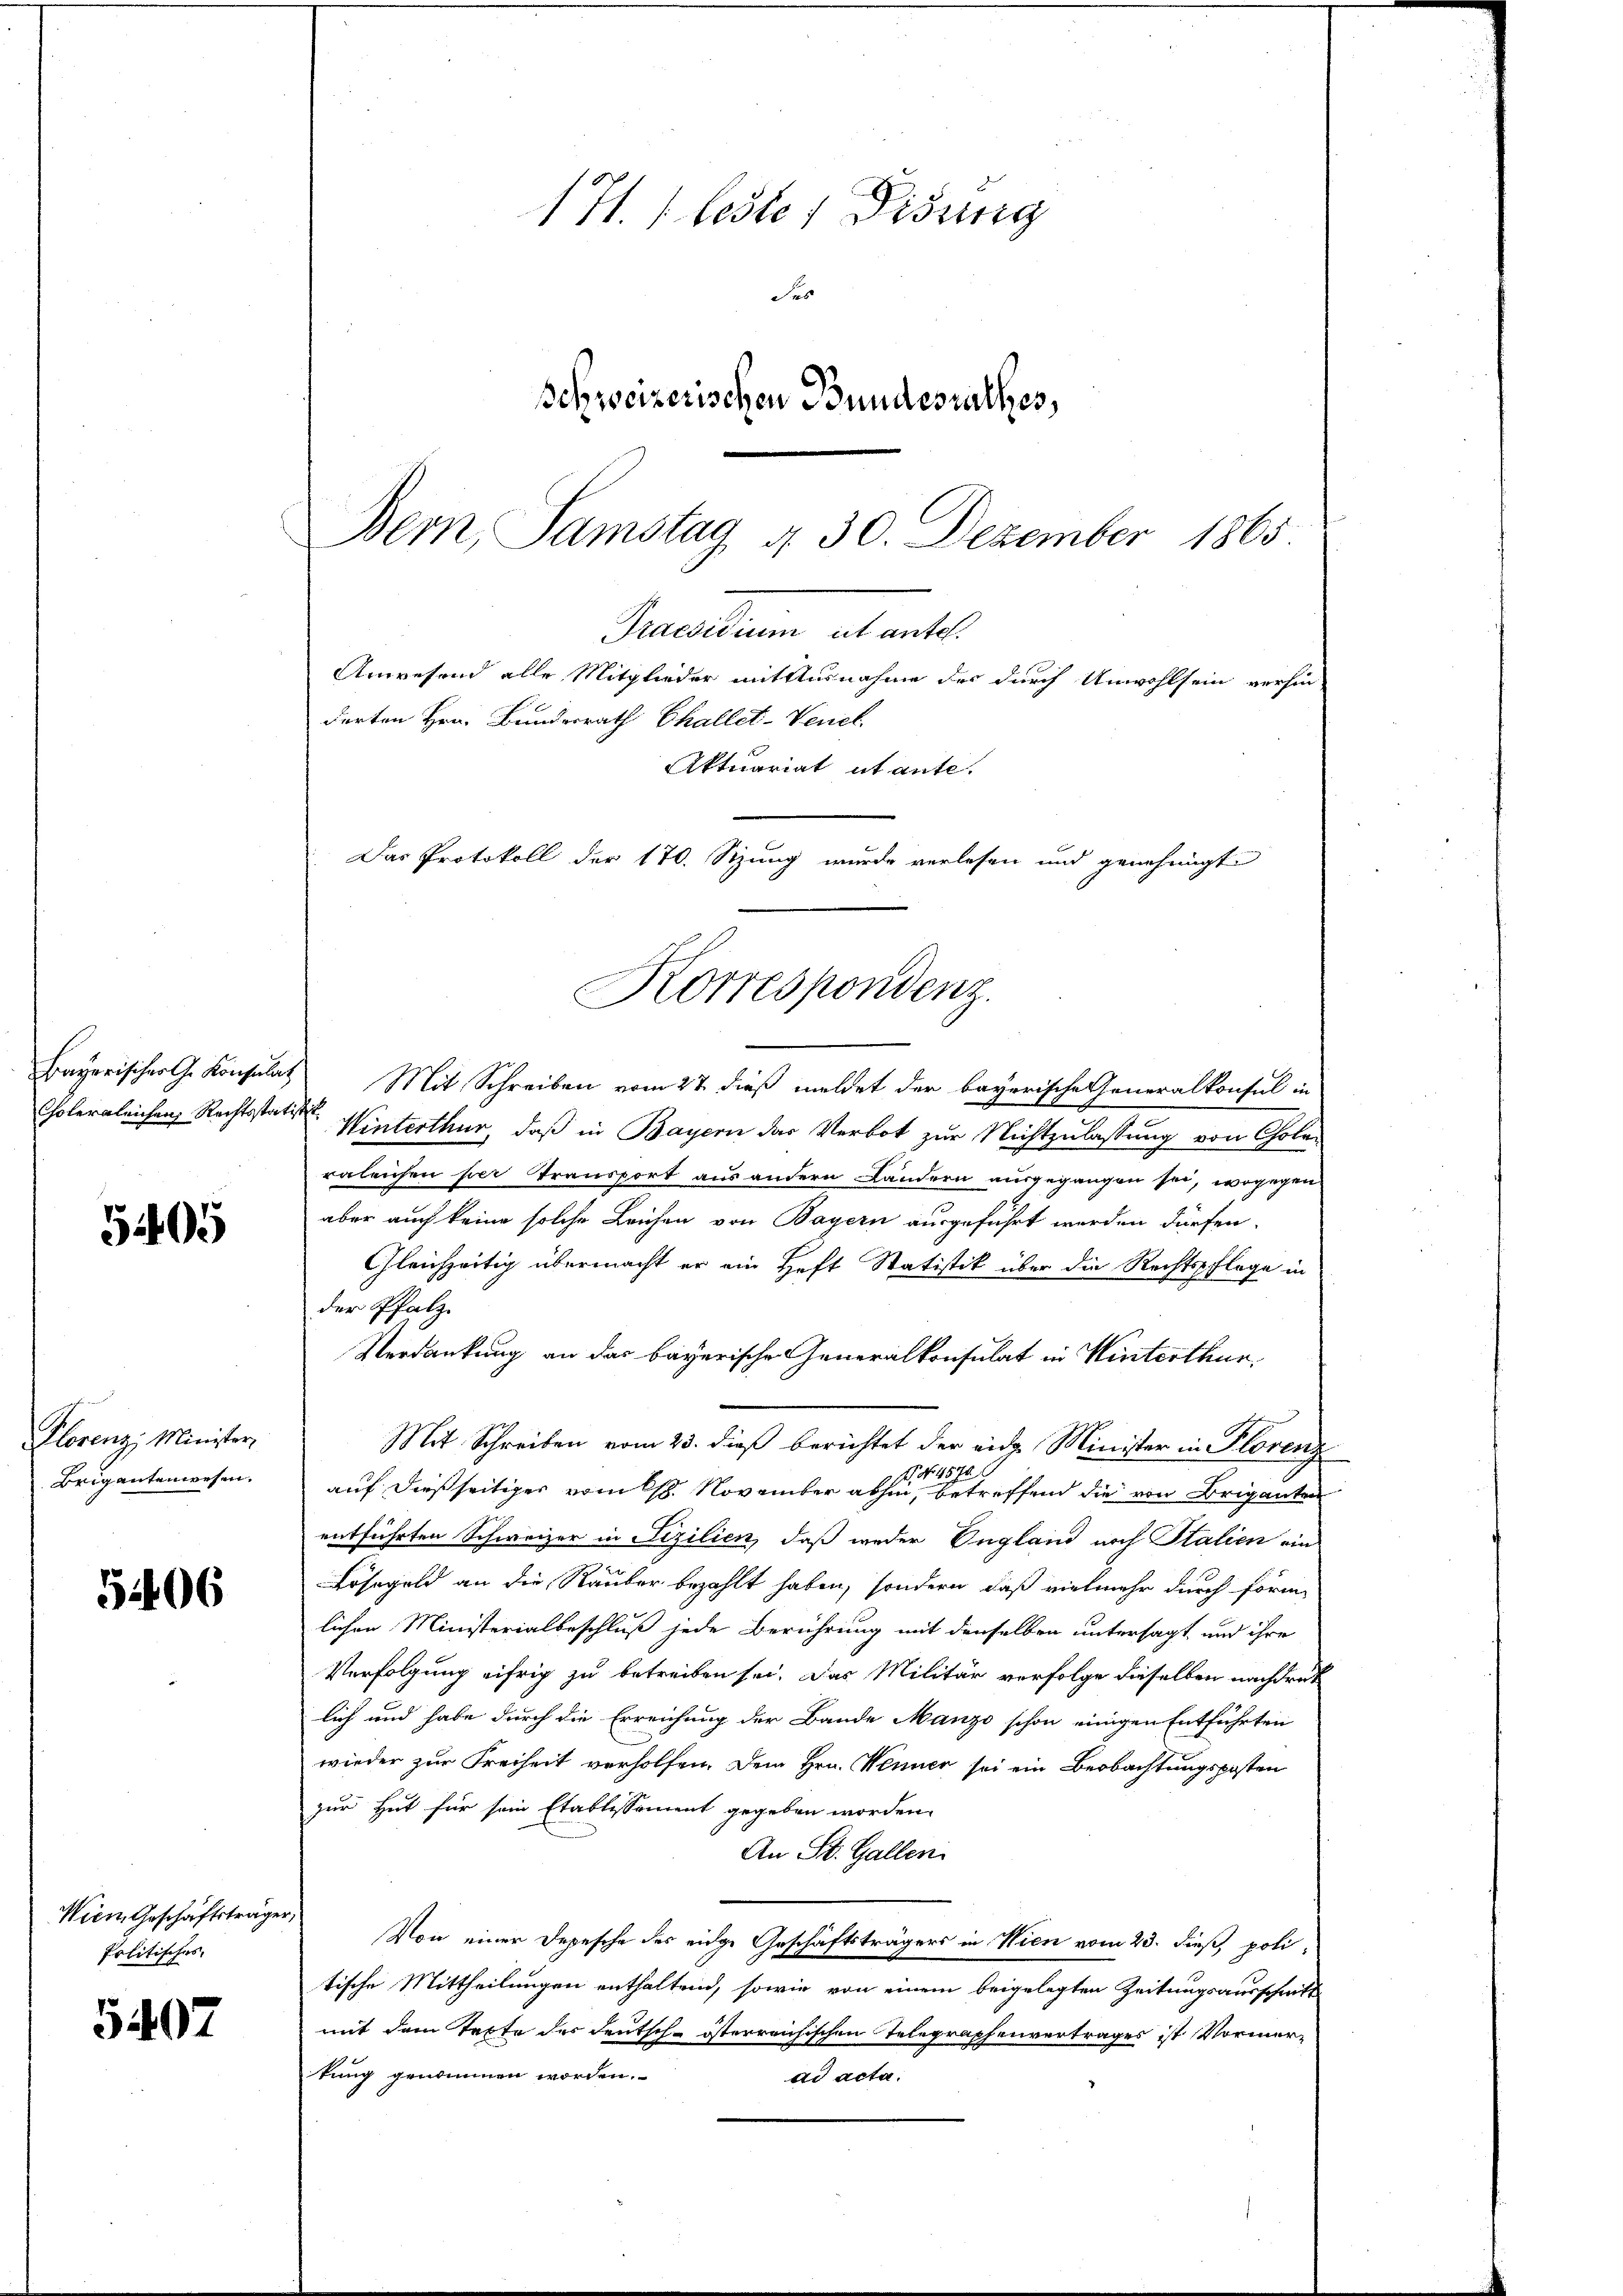
5405

Florenz, Minister,
Brigantenwesen.

5406

Politisches,

5407

Bayerischer G. Konsulas Mit Schreiben vom 27. dieß meldet der bayerische Generalkonsul in
Colergleichen Rechtsstatten Winterthur, daß in Bayern das Verbot zur Nichtzulassung von Cholen
rgleichen hier Transport aus andern Landern ausgegangen sei, wogegen
aber auch keine solche Leichen von Bayern ausgeführt werden dürfen.
Gleichzeitig übermacht er ein Heft Statistik über die Rechtspflege in
der Pfalz.
Verdankung an das bayerische Generalkonsulat in Winterthun,
Mit Schreiben vom 23. dieß berichtet der eidg. Minister in Florenz
 No 4570.
auf dießseitiger vom 18. November abhin, betreffend die von Briganten
entführten Schweizer in Sizilien, daß weder Ungland noch Stalien ein
Lösegeld an die Rauber bezahlt haben, sondern, daß vielmehr durch förmlichen Ministerialbeschluß jede Berührung mit denselben untersagt und ihre
Verfolgung eifrig zu betreiben sei. Das Militär verfolge dieselben nachdruck
lich und habe durch die Erreichung der Bande Manzo schon einigen Entführten
wieder zur Freiheit verholfen. Dem Hrn. Wenner sei ein Beobachtungsposten
zur Hut für sein Etablissement gegeben worden.
An St. Gallen
Wien Geschäftsträger, Von einer Depesche des eidge Geschäftsträgers in Wien vom 23. dieß, politische Mittheilungen enthaltend, sowie von einem beigelegten Zeitungsausschnitt
mit dem Texte der Deutsch-österreichischen Telegraphenvertrages ist Vormertung genommen worden.
ad acta.

171. 1 bester Disung
des
Schweizerischen Bundesrathes,
Bern, Samstag d. 30. Dezember 1865

Parallem abwarte
Anwesend alle Mitglieder mit Ausnahme des durch Unwohlsein verhin
dorten Hrn. Bundesrath Challet-Venel
Aktuariat utante.
Das Protokoll der 170. Sitzung wurde verlesen und genehmigt
Korrespondenz.